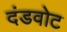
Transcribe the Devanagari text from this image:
दंडवोट